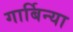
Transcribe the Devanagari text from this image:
गार्बिन्या